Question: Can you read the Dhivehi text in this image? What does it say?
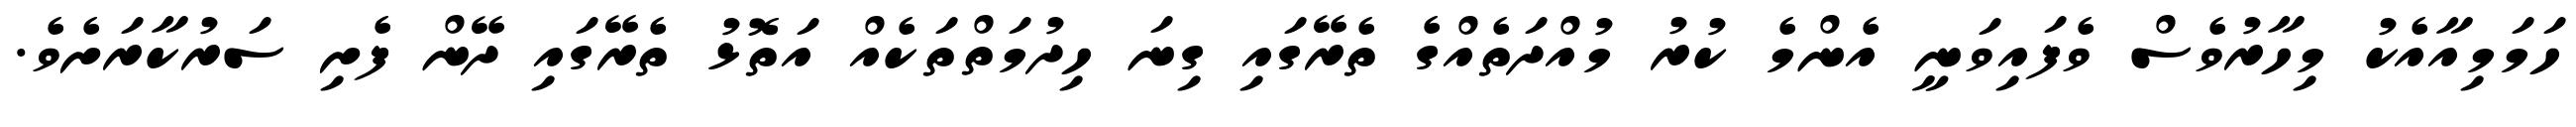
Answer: ހަމަމިއާއެކު މިހާރުވެސް ވެފައިވަނީ އެންމެ ކުރު މުއްދަތެއްގެ ތެރޭގައި ގިނަ ހިދުމަތްތަކެއް އަތޮޅު ތެރޭގައި ދޭން ފެށި ސަރުކާރަށެވެ.